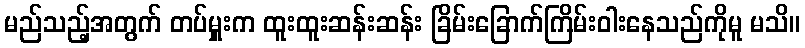
မည်သည့်အတွက် တပ်မှူးက ထူးထူးဆန်းဆန်း ခြိမ်းခြောက်ကြိမ်းဝါးနေသည်ကိုမူ မသိ။